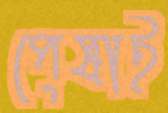
পেষাই